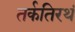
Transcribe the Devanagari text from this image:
तर्कतिरथं